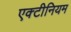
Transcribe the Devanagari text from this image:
एक्टीनियम